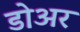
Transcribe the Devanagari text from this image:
डोअर